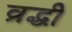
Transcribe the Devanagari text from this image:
व्रद्धी